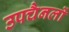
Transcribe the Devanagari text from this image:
उपचैनलों